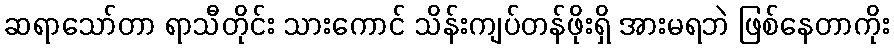
ဆရာသော်တာ ရာသီတိုင်း သားကောင် သိန်းကျပ်တန်ဖိုးရှိ အားမရဘဲ ဖြစ်နေတာကိုး